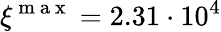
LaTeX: \xi^{\mathrm{~m~a~x~}}=2.31\cdot 10^{4}